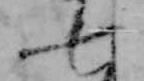
七